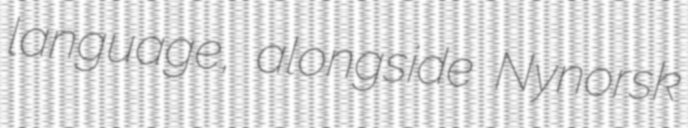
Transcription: language, alongside Nynorsk